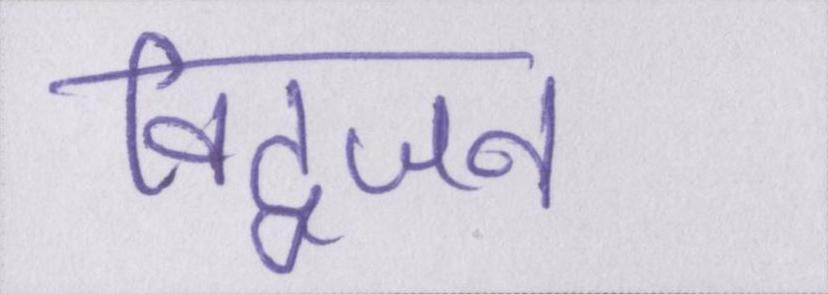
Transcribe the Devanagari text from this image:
विद्वजन